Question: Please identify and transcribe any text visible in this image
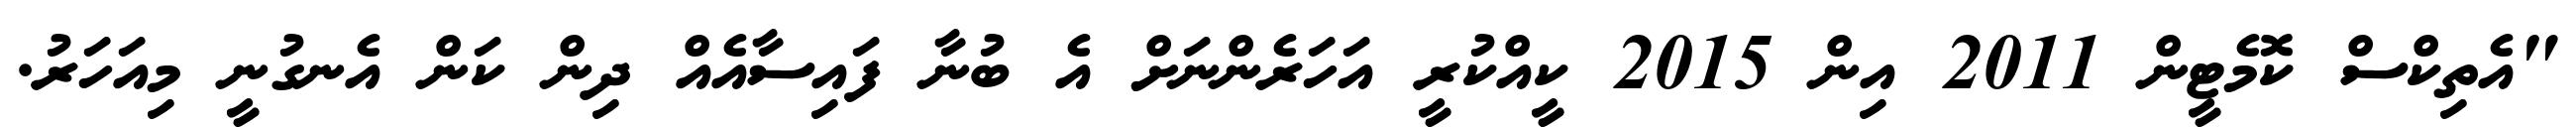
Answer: "އެތިކްސް ކޮމެޓީން 2011 އިން 2015 ކީއްކުރީ އަހަރެންނަށް އެ ބުނާ ފައިސާއެއް ދިން ކަން އެނގުނީ މިއަހަރު.